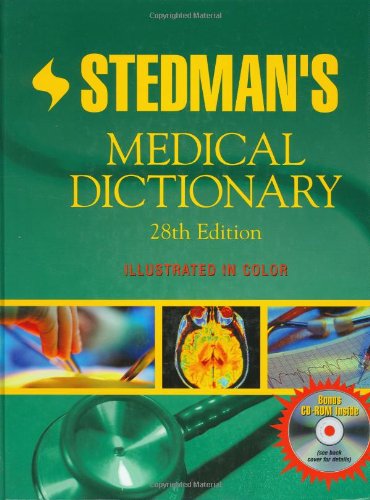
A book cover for Stedman's Medical Dictionary; Stedman's; Medical Books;